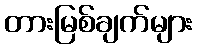
တားမြစ်ချက်များ